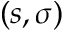
( s , \sigma )